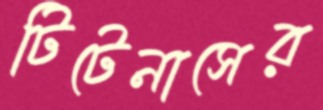
টিটেনাসের